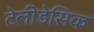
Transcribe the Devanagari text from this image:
टेलीडेसिक